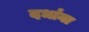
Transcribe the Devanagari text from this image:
दधा॑ना